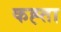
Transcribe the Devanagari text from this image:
कह्ता